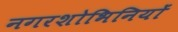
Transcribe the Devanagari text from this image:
नगरशोभिनियों